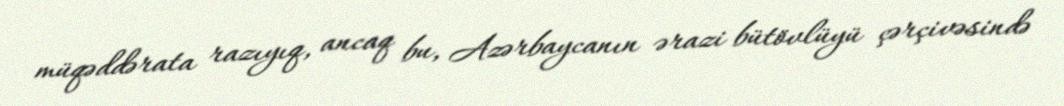
müqəddərata razıyıq, ancaq bu, Azərbaycanın ərazi bütövlüyü çərçivəsində